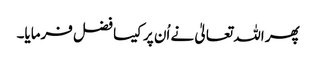
پھر اللہ تعالیٰ نے اُن پر کیسا فضل فرمایا۔